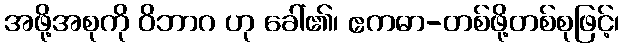
အဖို့အစုကို ဝိဘာဂ ဟု ခေါ်၏၊ ဧကဓာ-တစ်ဖို့တစ်စုဖြင့်၊